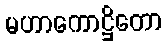
မဟာကောဋ္ဌိတော